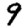
Digit: 9